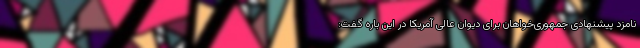
نامزد پیشنهادی جمهوری‌خواهان برای دیوان عالی آمریکا در این باره گفت: